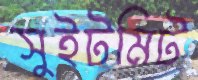
সুইটমিট